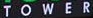
T O W E R